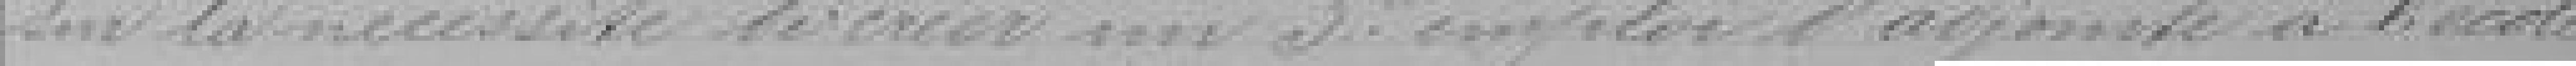
sur la nécessité de créer un troisième poste d'ajointe à l'école